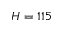
H = 1 1 5